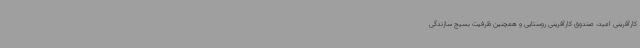
کارآفرینی امید، صندوق کارآفرینی روستایی و همچنین ظرفیت بسیج سازندگی